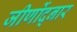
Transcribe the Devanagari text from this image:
जीर्णोद्नार